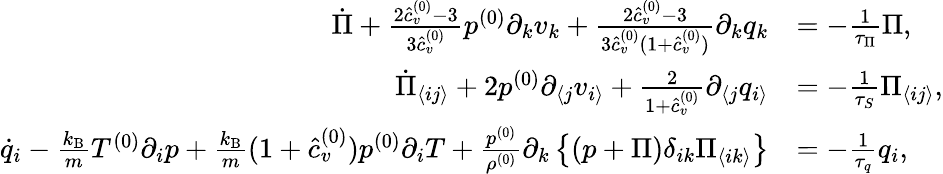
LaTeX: \begin{array}{rl}{\dot{\Pi}+\frac{2\hat{c}_{v}^{(0)}-3}{3\hat{c}_{v}^{(0)}}p^{(0)}\partial_{k}v_{k}+\frac{2\hat{c}_{v}^{(0)}-3}{3\hat{c}_{v}^{(0)}(1+\hat{c}_{v}^{(0)})}\partial_{k}q_{k}}&{=-\frac{1}{\tau_{\Pi}}\Pi,}\\ {\dot{\Pi}_{\langle ij\rangle}+2p^{(0)}\partial_{\langle j}v_{i\rangle}+\frac{2}{1+\hat{c}_{v}^{(0)}}\partial_{\langle j}q_{i\rangle}}&{=-\frac{1}{\tau_{S}}\Pi_{\langle ij\rangle},}\\ {\dot{q}_{i}-\frac{k_{\mathrm{B}}}{m}T^{(0)}\partial_{i}p+\frac{k_{\mathrm{B}}}{m}(1+\hat{c}_{v}^{(0)})p^{(0)}\partial_{i}T+\frac{p^{(0)}}{\rho^{(0)}}\partial_{k}\left\{ (p+\Pi)\delta_{ik}\Pi_{\langle ik\rangle}\right\} }&{=-\frac{1}{\tau_{q}}q_{i},}\end{array}